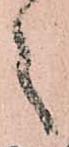
之